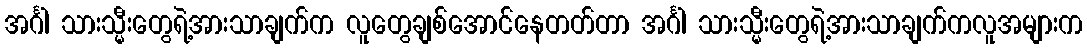
အင်္ဂါ သားသ္မီးတွေရဲ့အားသာချက်က လူတွေချစ်အောင်နေတတ်တာ အင်္ဂါ သားသ္မီးတွေရဲ့အားသာချက်ကလူအများက